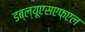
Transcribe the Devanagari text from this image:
डब्ल्यूएसएफ़एल